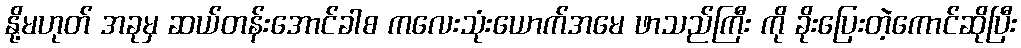
နို့မဟုတ် အခုမှ ဆယ်တန်းအောင်ခါစ ကလေးသုံးယောက်အမေ ဖာသည်ကြီး ကို ခိုးပြေးတဲ့ကောင်ဆိုပြီး